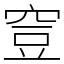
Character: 𥥷